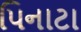
પિનાટા